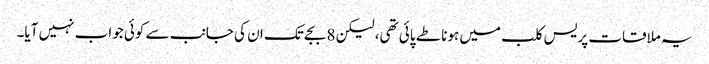
یہ ملاقات پریس کلب میں ہونا طے پائی تھی، لیکن 8 بجے تک ان کی جانب سے کوئی جواب نہیں آیا۔